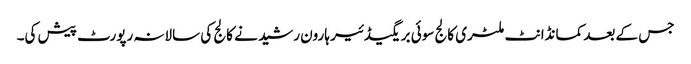
جس کے بعد کمانڈانٹ ملٹری کالج سوئی بریگیڈئیر ہارون رشید نے کالج کی سالانہ رپورٹ پیش کی۔